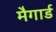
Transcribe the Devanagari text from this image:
मैगार्ड